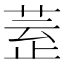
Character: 𣦀